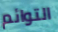
التوائم